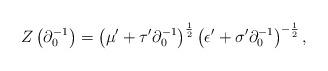
LaTeX: \begin{align*}Z\left(\partial_{0}^{-1}\right)=\left(\mu^{\prime}+\tau^{\prime}\partial_{0}^{-1}\right)^{\frac{1}{2}}\left(\epsilon^{\prime}+\sigma^{\prime}\partial_{0}^{-1}\right)^{-\frac{1}{2}},\end{align*}